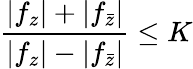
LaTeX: {\frac{|f_{z}|+|f_{\bar{z}}|}{|f_{z}|-|f_{\bar{z}}|}}\leq K